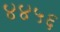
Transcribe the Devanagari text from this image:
४४५६